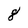
Character: 8